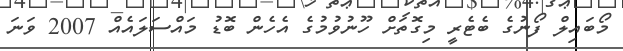
މޯބައިލް ފޯނުގެ ބެޓެރީ މިގޮތަށް ހޫނުވުމުގެ އެހެން ބޮޑު މައްސަލައެއް 2007 ވަނަ